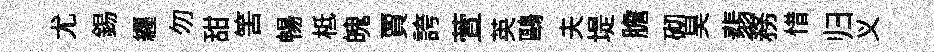
尤錫纒勿甜筈暢柢魄賈誇萱英鷗夫堤膽砌昊翡務惜归义